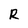
Character: r